Problem: 12 × 6 = ?
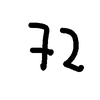
Handwritten answer: 72